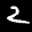
Label: 2